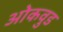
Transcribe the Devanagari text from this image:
ओकवुड